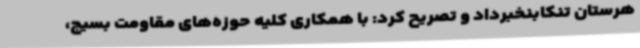
هرستان تنکابنخبرداد و تصریح کرد: با همکاری کلیه حوزه‌های مقاومت بسیج،